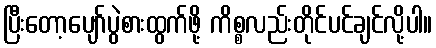
ပြီးတော့ပျော်ပွဲစားထွက်ဖို့ ကိစ္စလည်းတိုင်ပင်ချင်လို့ပါ။